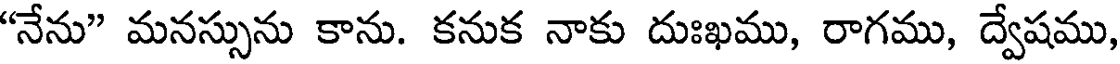
"నేను" మనస్సును కాను. కనుక నాకు దుఃఖము, రాగము, ద్వేషము,